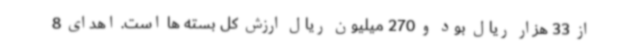
از 33 هزار ریال بود و 270 میلیون ریال ارزش کل بسته ها است. اهدای 8